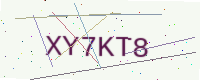
Text: XY7KT8